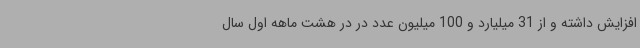
افزایش داشته و از 31 میلیارد و 100 میلیون عدد در در هشت ماهه اول سال